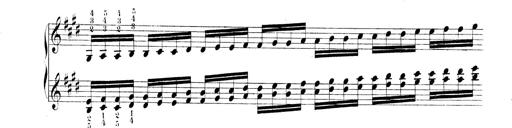
Title: Technische Studien
Composer: Franz Liszt